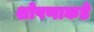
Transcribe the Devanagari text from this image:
शोषणाकडे